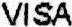
VISA